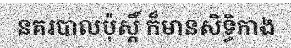
នគរបាលប៉ុស្តិ៍ ក៏មានសិទ្ធិកាង